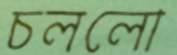
চললো